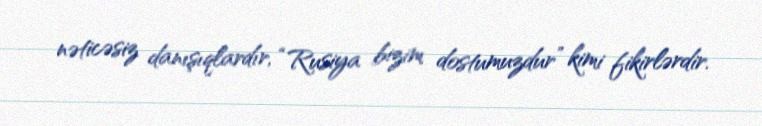
nəticəsiz danışıqlardır, “Rusiya bizim dostumuzdur” kimi fikirlərdir.